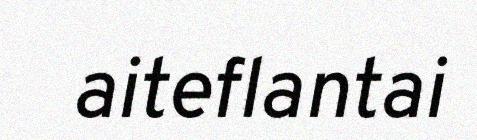
aiteflantai